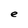
Character: e